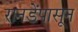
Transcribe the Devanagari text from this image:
रानडेंपासून